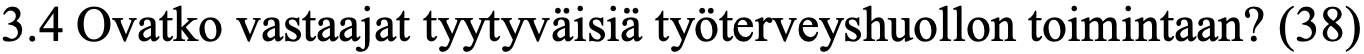
3.4 Ovatko vastaajat tyytyväisiä työterveyshuollon toimintaan? (38)